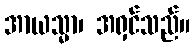
အာယသ္မာ၊ အရှင်သည်။